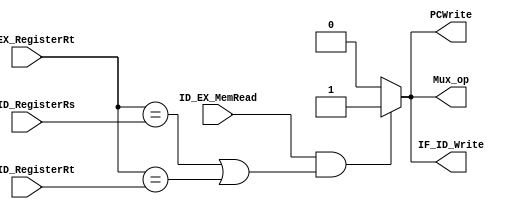
`timescale 1ns / 1ps
//////////////////////////////////////////////////////////////////////////////////
// Company: 
// Engineer: 
// 
// Design Name: 
// Module Name: HAZARD_DETECTION_UNIT
// Project Name: 
// Target Devices: 
// Tool Versions: 
// Description: 
// 
// Dependencies: 
// 
// Revision:
// Revision 0.01 - File Created
// Additional Comments:
// 
//////////////////////////////////////////////////////////////////////////////////


(* keep_hierarchy = "yes" *) module HAZARD_DETECTION_UNIT(IF_ID_RegisterRs, IF_ID_RegisterRt, ID_EX_RegisterRt, ID_EX_MemRead, PCWrite, IF_ID_Write, Mux_op);
    input [4:0] IF_ID_RegisterRs, IF_ID_RegisterRt, ID_EX_RegisterRt;
    input ID_EX_MemRead;
    output reg PCWrite, IF_ID_Write, Mux_op;

    always @(IF_ID_RegisterRs, IF_ID_RegisterRt, ID_EX_RegisterRt, ID_EX_MemRead) begin
        if((ID_EX_MemRead == 1'b1) & ((ID_EX_RegisterRt == IF_ID_RegisterRs) | (ID_EX_RegisterRt == IF_ID_RegisterRt))) begin
            PCWrite <= 1'b1;
            IF_ID_Write <= 1'b1;
            Mux_op <= 1'b1;
        end else begin
            PCWrite <= 1'b0;
            IF_ID_Write <= 1'b0;
            Mux_op <= 1'b0;
        end
    end
    
endmodule